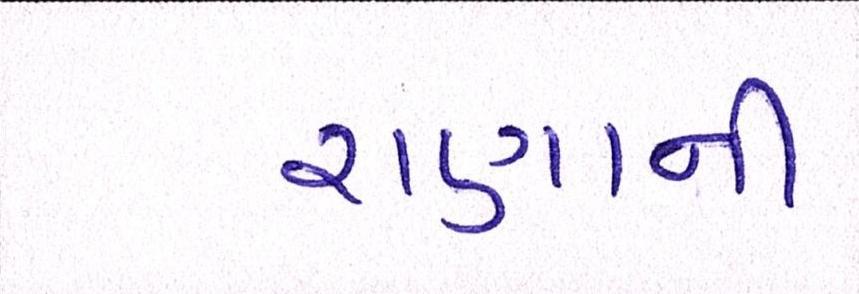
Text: રાણાની